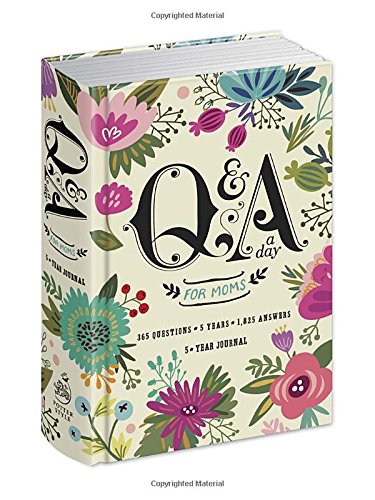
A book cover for Q&A a Day for Moms: A 5-Year Journal; Potter Style; Parenting & Relationships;